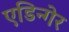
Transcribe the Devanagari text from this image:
एडिन्गेर